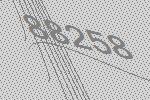
88258